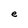
Character: e